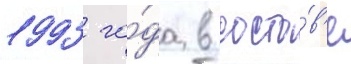
1993 го́да в соста́в'е